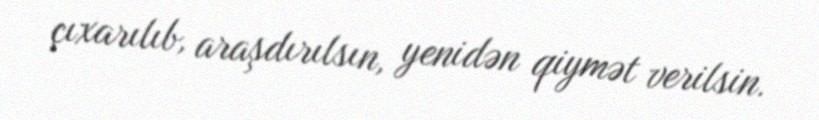
çıxarılıb, araşdırılsın, yenidən qiymət verilsin.